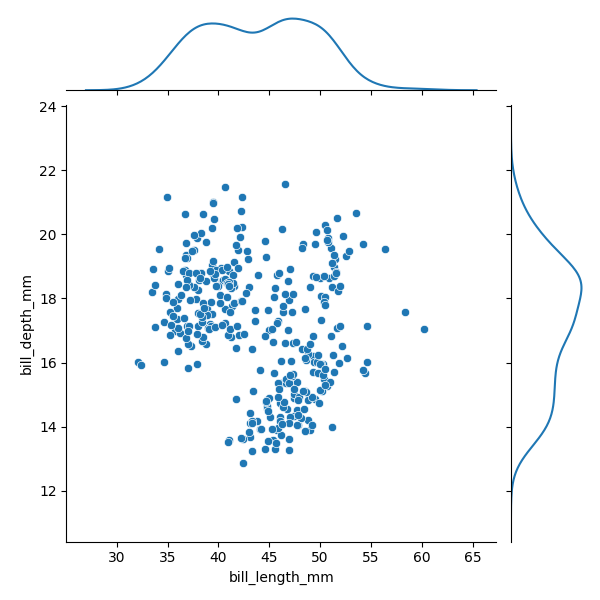
python, seaborn, JointGrid, scatterplot, kdeplot